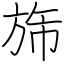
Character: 旆